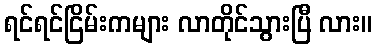
ရင်ရင်ငြိမ်းကများ လာတိုင်သွားပြီ လား။